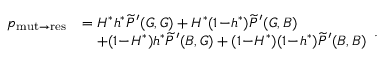
\begin{array} { r l } { p _ { \mathrm { m u t \to r e s } } } & { = H ^ { \ast } h ^ { \ast } \widetilde { P } ^ { \prime } ( G , G ) + H ^ { \ast } ( 1 \! - \! h ^ { \ast } ) \widetilde { P } ^ { \prime } ( G , B ) } \\ & { \quad + ( 1 \! - \! H ^ { \ast } ) h ^ { \ast } \widetilde { P } ^ { \prime } ( B , G ) + ( 1 \! - \! H ^ { \ast } ) ( 1 \! - \! h ^ { \ast } ) \widetilde { P } ^ { \prime } ( B , B ) } \end{array} .